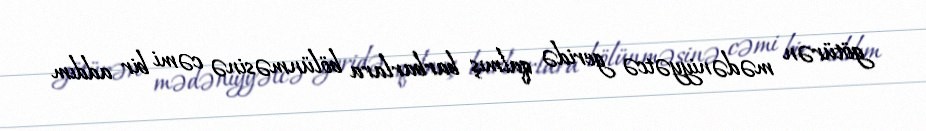
götürən mədəniyyətcə geridə qalmış barbarlara bölünməsinə cəmi bir addım